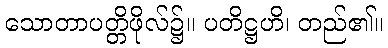
သောတာပတ္တိဖိုလ်၌။ ပတိဋ္ဌဟိ၊ တည်၏။